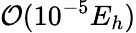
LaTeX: \mathcal{O}(10^{-5}E_{h})